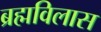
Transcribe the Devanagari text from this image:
ब्रह्मविलास